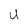
Character: U